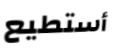
أستطيع